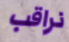
نراقب